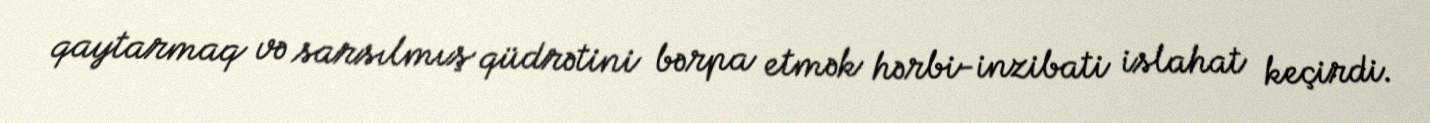
qaytarmaq və sarsılmış qüdrətini bərpa etmək hərbi-inzibati islahat keçirdi.